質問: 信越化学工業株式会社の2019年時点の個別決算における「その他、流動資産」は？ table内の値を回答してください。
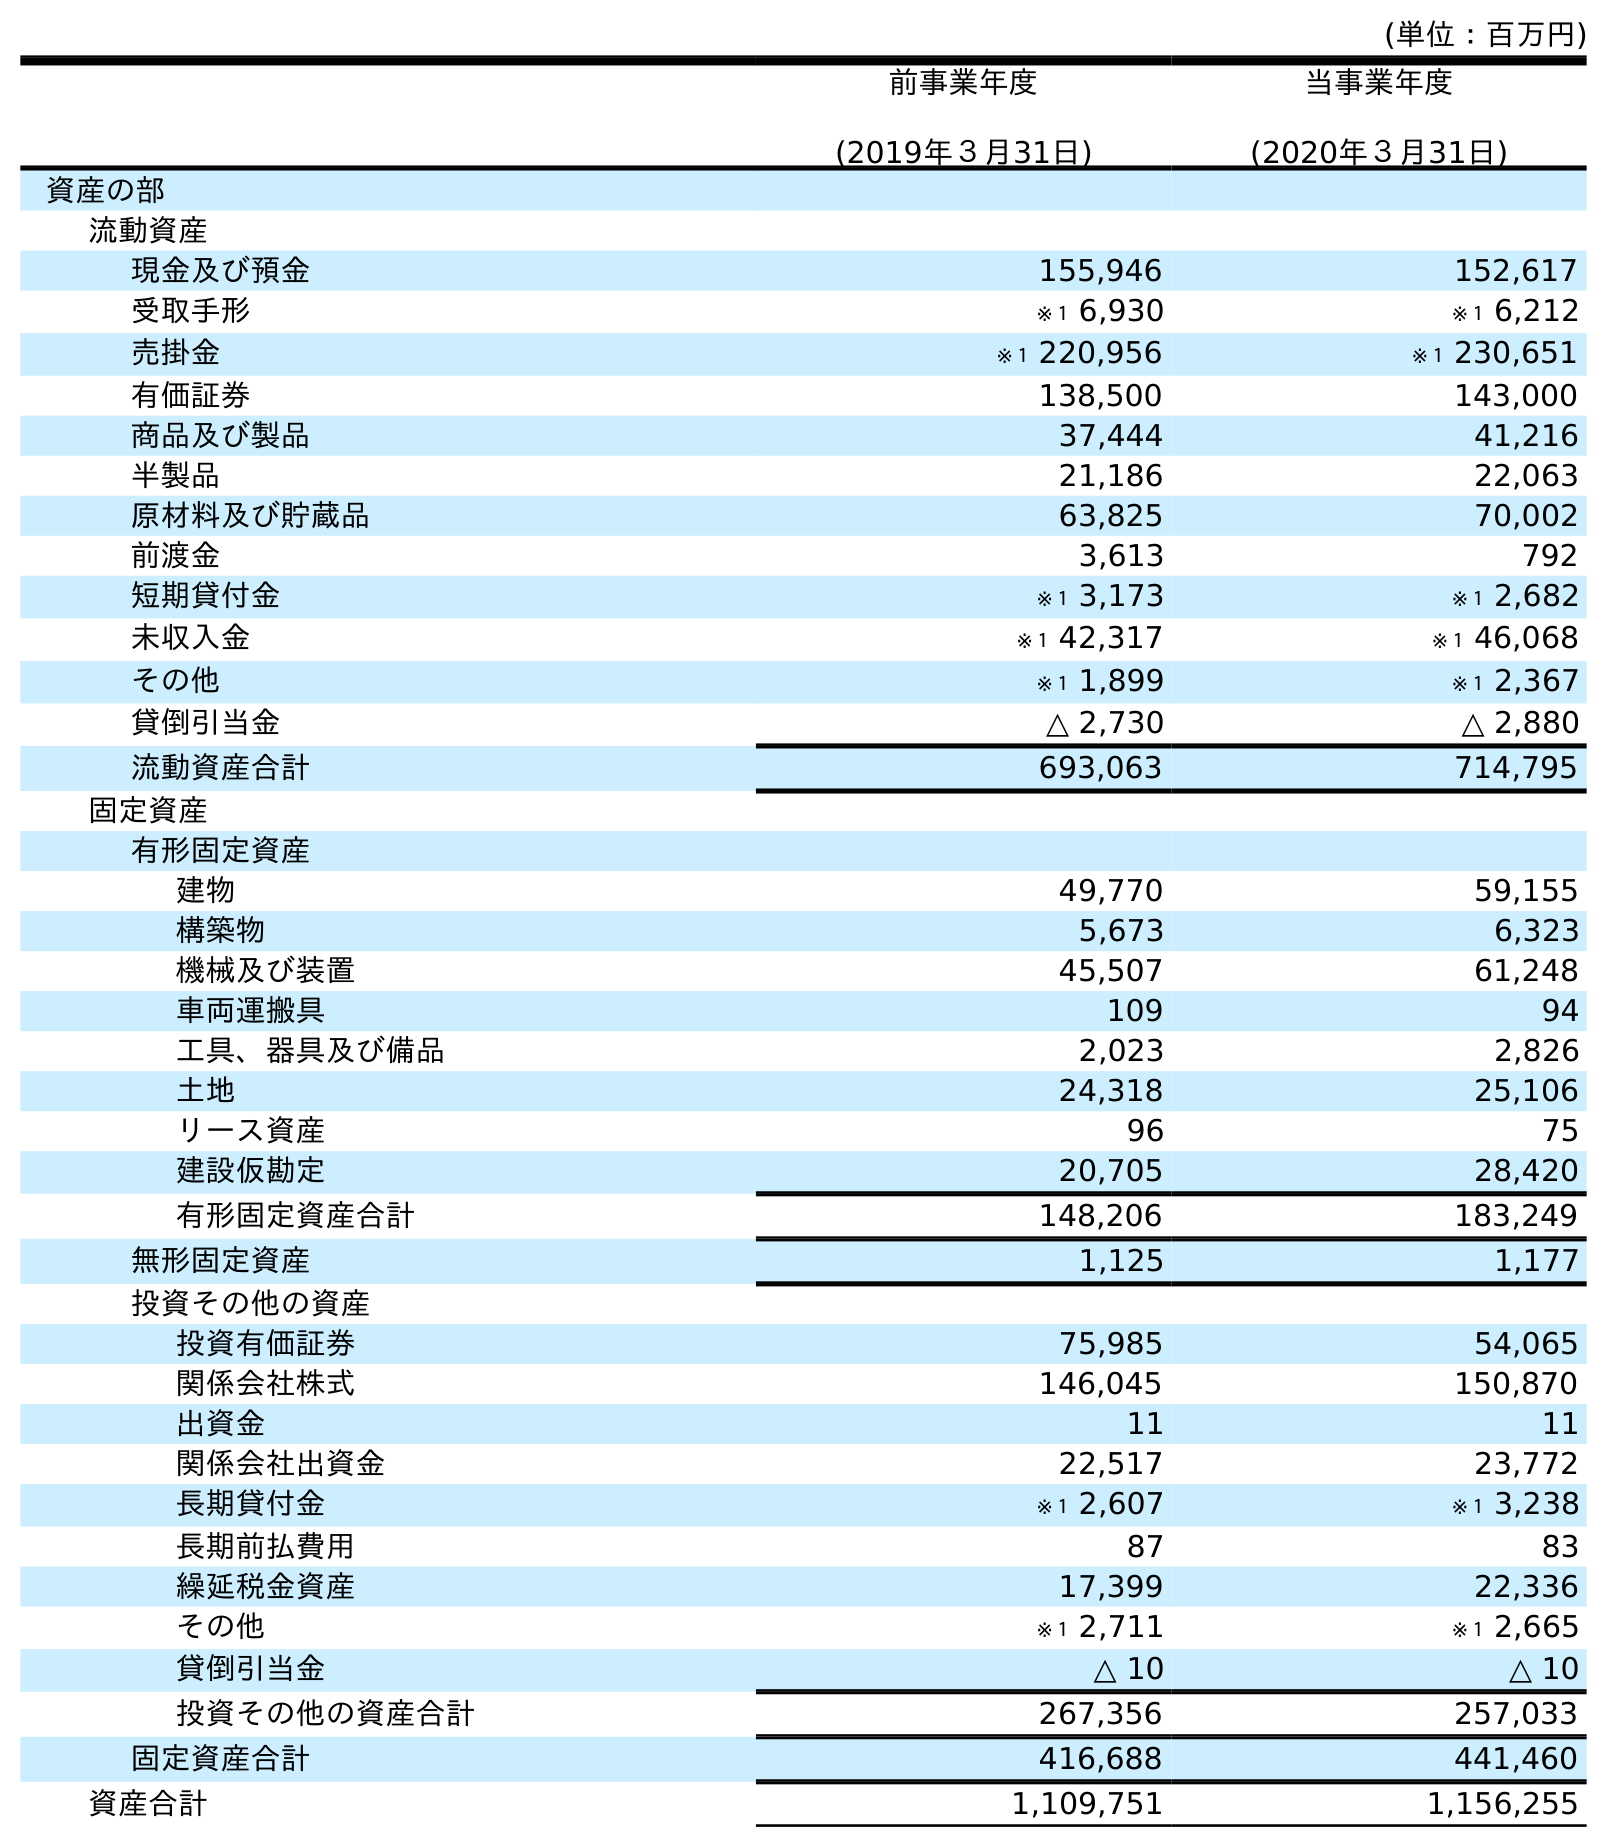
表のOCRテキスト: (単位：百万円) 前事業年度 (2019年３月31日) 当事業年度 (2020年３月31日) 資産の部 流動資産 現金及び預金 155,946 152,617 受取手形 ※１ 6,930 ※１ 6,212 売掛金 ※１ 220,956 ※１ 230,651 有価証券 138,500 143,000 商品及び製品 37,444 41,216 半製品 21,186 22,063 原材料及び貯蔵品 63,825 70,002 前渡金 3,613 792 短期貸付金 ※１ 3,173 ※１ 2,682 未収入金 ※１ 42,317 ※１ 46,068 その他 ※１ 1,899 ※１ 2,367 貸倒引当金 △ 2,730 △ 2,880 流動資産合計 693,063 714,795 固定資産 有形固定資産 建物 49,770 59,155 構築物 5,673 6,323 機械及び装置 45,507 61,248 車両運搬具 109 94 工具、器具及び備品 2,023 2,826 土地 24,318 25,106 リース資産 96 75 建設仮勘定 20,705 28,420 有形固定資産合計 148,206 183,249 無形固定資産 1,125 1,177 投資その他の資産 投資有価証券 75,985 54,065 関係会社株式 146,045 150,870 出資金 11 11 関係会社出資金 22,517 23,772 長期貸付金 ※１ 2,607 ※１ 3,238 長期前払費用 87 83 繰延税金資産 17,399 22,336 その他 ※１ 2,711 ※１ 2,665 貸倒引当金 △ 10 △ 10 投資その他の資産合計 267,356 257,033 固定資産合計 416,688 441,460 資産合計 1,109,751 1,156,255
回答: ※１1,899